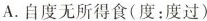
A.自度无所得食(度：度过)